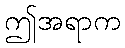
ဤအရာက